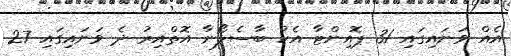
އެއް ވަނައިގައި 31 ޕޮއިންޓާ އެކު ބާސެލޯނާ އޮތްއިރު ދެ ވަނައިގައި 27